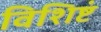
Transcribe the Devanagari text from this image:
विशिष्टं